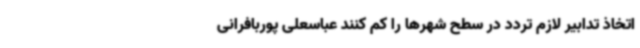
اتخاذ تدابیر لازم تردد در سطح شهرها را کم کنند عباسعلی پوربافرانی